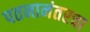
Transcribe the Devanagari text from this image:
पतनानंतरचा